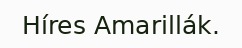
Híres Amarillák.